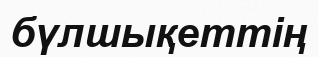
бүлшықеттің